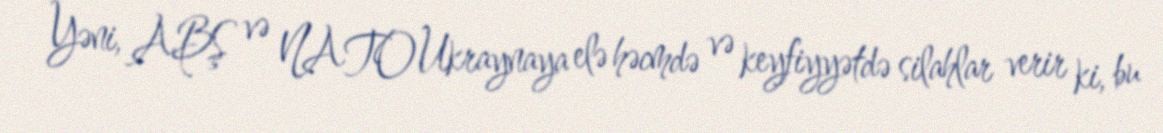
Yəni, ABŞ və NATO Ukraynaya elə həcmdə və keyfiyyətdə silahlar verir ki, bu